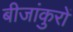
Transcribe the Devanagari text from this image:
बीजांकुरों